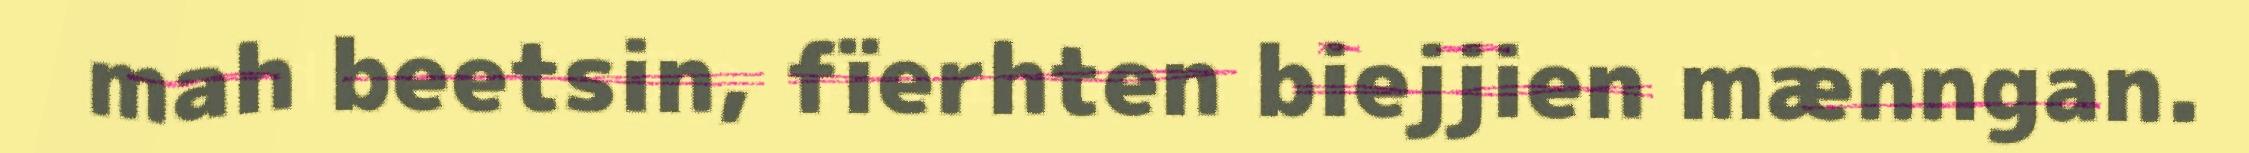
mah beetsin, fïerhten biejjien mænngan.